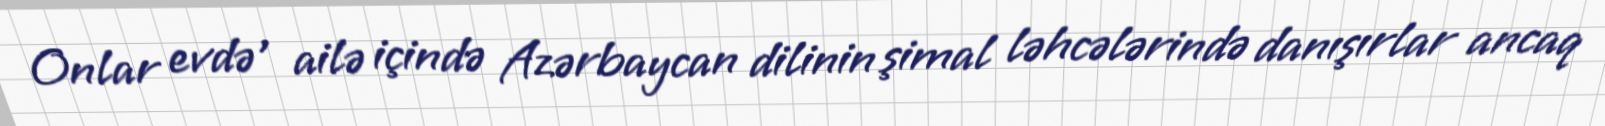
Onlar evdə , ailə içində Azərbaycan dilinin şimal ləhcələrində danışırlar ancaq